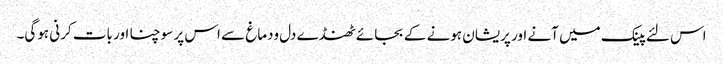
اس لئے پینک میں آنے اور پریشان ہونے کے بجائے ٹھنڈے دل ودماغ سے اس پر سوچنا اور بات کرنی ہوگی۔